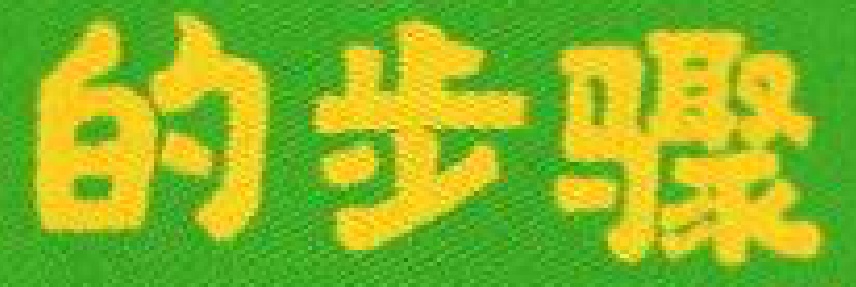
的步骤